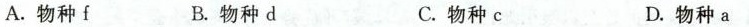
A.物种f B.物种d C.物种c D.物种a